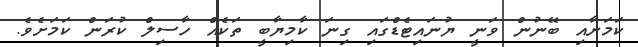
ކަމަށާއި ބޭނުން ވަނީ ޔުނައިޓެޑްގައި ގިނަ ކާމިޔާބީ ތަކެއް ހާސިލް ކުރަން ކަމަށެވެ.